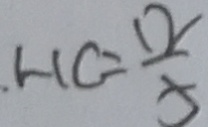
H C = \frac { 1 2 } { 5 }